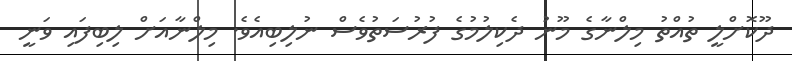
ދޫކޮށްލީ ތުއްތު މިލްނާގެ މޫނު ދެކިލުމުގެ ފުރުސަތުވެސް ނުލިބިއެވެ. މިލްނާއަށް ލިބިފައި ވަނީ